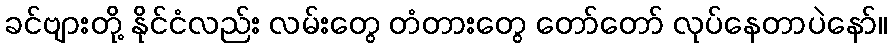
ခင်ဗျားတို့ နိုင်ငံလည်း လမ်းတွေ တံတားတွေ တော်တော် လုပ်နေတာပဲနော်။